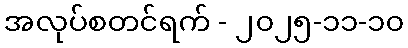
အလုပ်စတင်ရက် - ၂၀၂၅-၁၁-၁၀